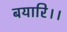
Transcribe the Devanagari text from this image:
बयारि।।